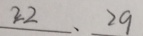
2 2 、 2 9